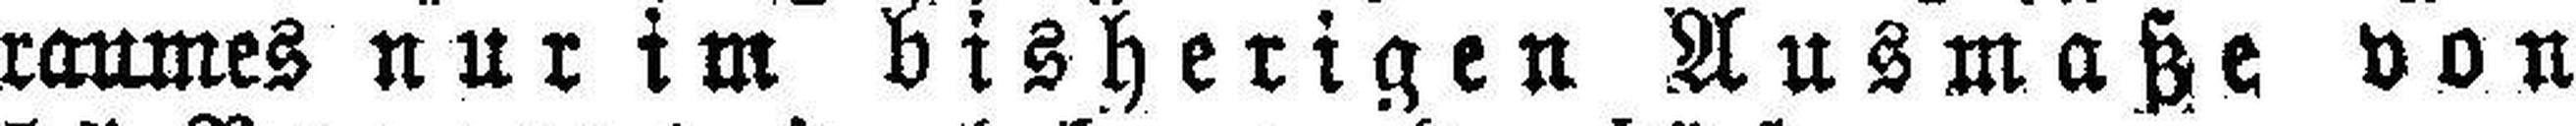
raumes nur im bisherigen Ausmaße von